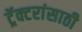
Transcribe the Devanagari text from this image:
ट्रॅक्टरांसाठी